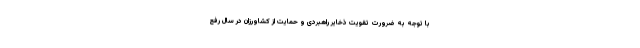
با توجه به ضرورت تقویت ذخایر راهبردی و حمایت از کشاورزان در سال رفع